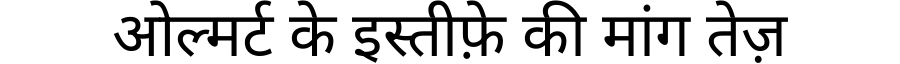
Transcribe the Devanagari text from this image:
ओल्मर्ट के इस्तीफ़े की मांग तेज़